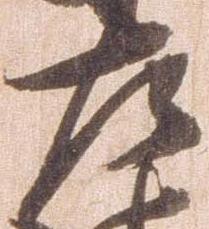
左